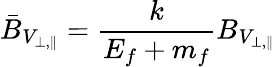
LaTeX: \bar{B}_{V_{\perp,\parallel}}=\frac{k}{E_{f}+m_{f}}B_{V_{\perp,\parallel}}